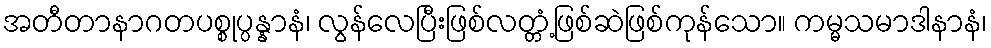
အတီတာနာဂတပစ္စုပ္ပန္နာနံ၊ လွန်လေပြီးဖြစ်လတ္တံ့ဖြစ်ဆဲဖြစ်ကုန်သော။ ကမ္မသမာဒါနာနံ၊